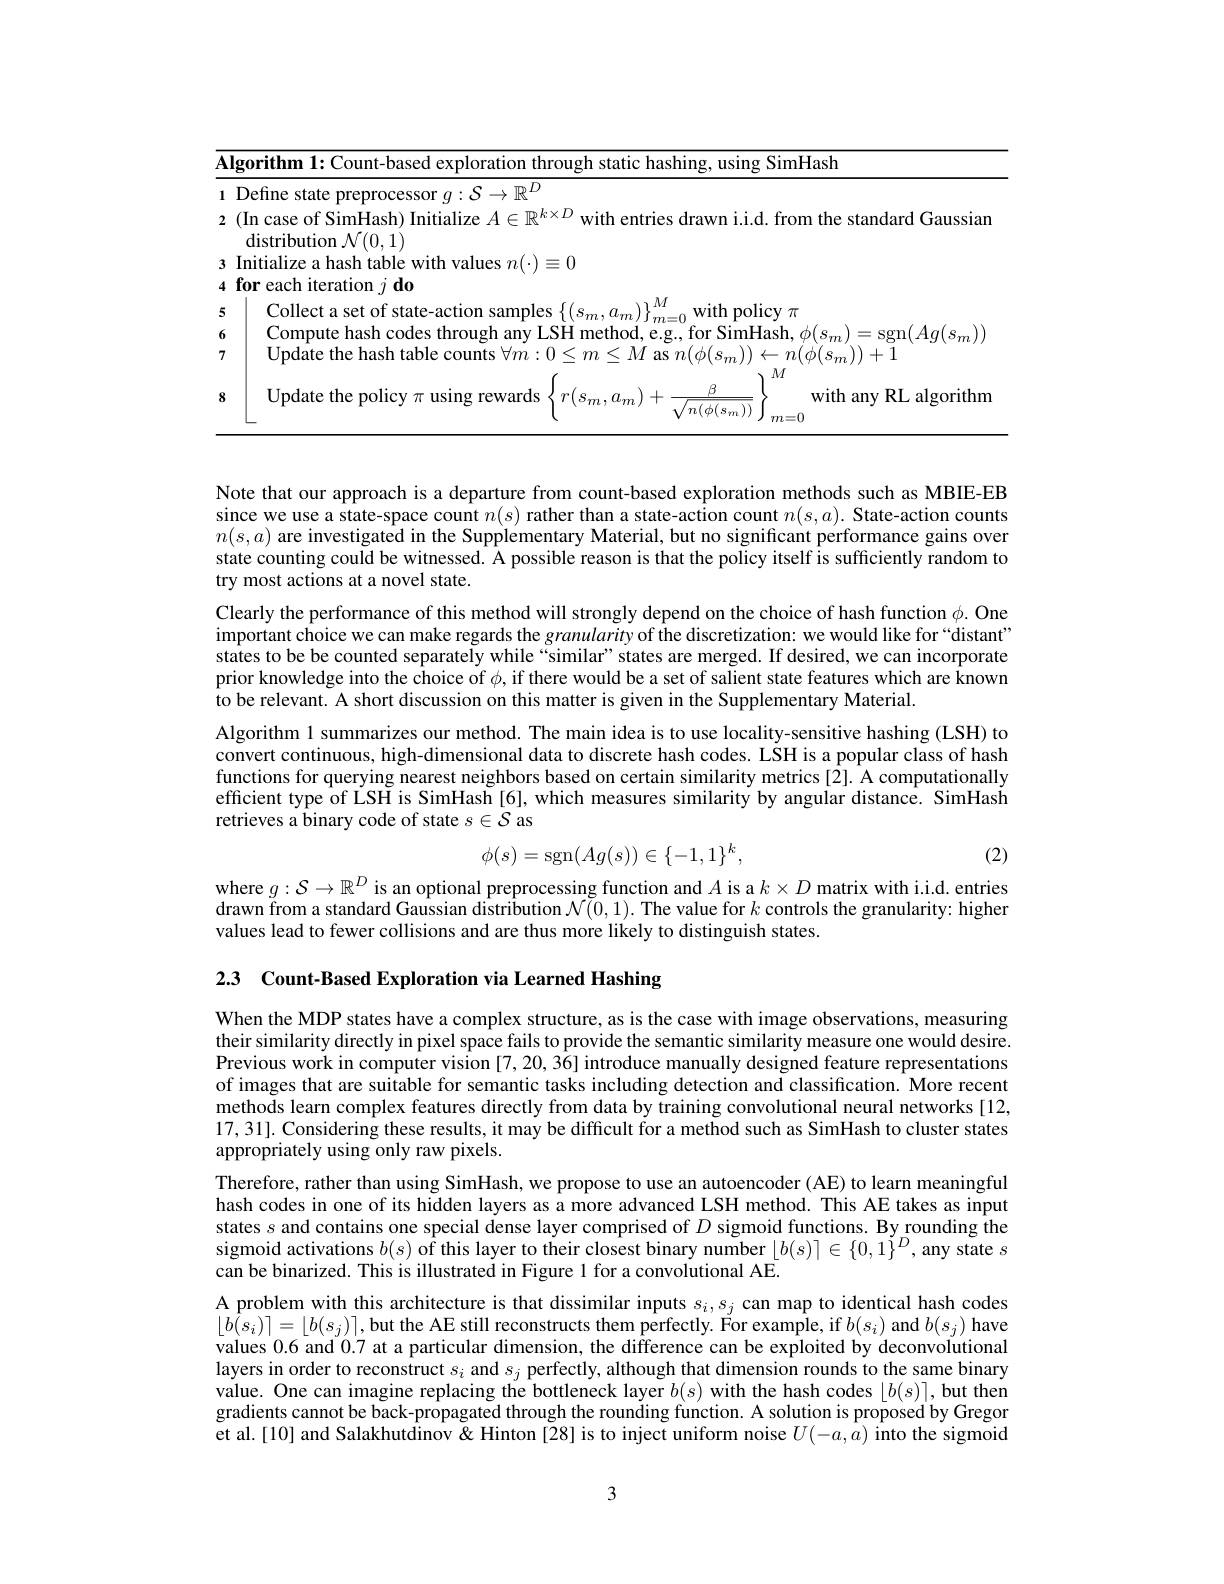
<table>
	<tbody>
		<tr>
			<td>$\overline{\mathbf{A}}$</td>
			<td>rorithm $\varepsilon$ hashing. using SimHash</td>
		</tr>
		<tr>
			<td>1 2</td>
			<td>Define state preprocessor $g:\mathcal{S}\to\mathbb{R}^D$ (In case of SimHash) Initialize $A\in\mathbb{R}^{k\times D}$ with entries drawn i.i.d. from the standard Gaussian $\operatorname{distribution}\mathcal{N}(0,1)$</td>
		</tr>
		<tr>
			<td>3 4</td>
			<td>Initialize a hash table with values $n(\cdot)\equiv0$ for each iteration $j\textbf{do}$</td>
		</tr>
		<tr>
			<td>5</td>
			<td>$^\prime$nllert olicv $\pi$</td>
		</tr>
		<tr>
			<td>6</td>
			<td> </td>
		</tr>
		<tr>
			<td>7</td>
			<td>$\textbf{Update the hash table counts }\forall m: 0\leq m\leq M$ as $n(\phi(s_{m}))\leftarrow n(\phi(s_{m}))+1$</td>
		</tr>
		<tr>
			<td>8</td>
			<td>Update the policy $\pi$ using rewards $r(s_{m},a_{m})+$ $\beta$ with any RL algorithm $/n(\phi(s_{m}))$</td>
		</tr>
	</tbody>
</table>

Note that our approach is a departure from count-based exploration methods such as MBIE-EB since we use a state-space count $n(s)$ rather than a state-action count $n(s,a).$ State-action counts $n(s,a)$ are investigated in the Supplementary Material, but no significant performance gains over state counting could be witnessed. A possible reason is that the policy itself is sufficiently random to try most actions at a novel state.
Clearly the performance of this method will strongly depend on the choice of hash function $\phi.$ One important choice we can make regards the granularity of the discretization: we would like for“distant” states to be be counted separately while “similar”states are merged. If desired, we can incorporate prior knowledge into the choice of $\phi$, if there would be a set of salient state features which are known to be relevant. A short discussion on this matter is given in the Supplementary Material.
Algorithm 1 summarizes our method. The main idea is to use locality-sensitive hashing (LSH) to convert continuous, high-dimensional data to discrete hash codes. LSH is a popular class of hash functions for querying nearest neighbors based on certain similarity metrics [2]. A computationally efficient type of LSH is SimHash [6], which measures similarity by angular distance. SimHash retrieves a binary code of state $s\in\mathcal{S}$ as
$$\phi(s)=\mathrm{sgn}(Ag(s))\in\{-1,1\}^k,$$
(2)

where $g:\mathcal{S}\to\mathbb{R}^D$ is an optional preprocessing function and $A$ is a $k\times D$ matrix with i.i.d. entries drawn from a standard Gaussian distribution $\mathcal{N}(0,1).$ The value for $k$ controls the granularity: higher values lead to fewer collisions and are thus more likely to distinguish states.

2.3 Count-Based Exploration via Learned Hashing

When the MDP states have a complex structure, as is the case with image observations, measuring their similarity directly in pixel space fails to provide the semantic similarity measure one would desire. Previous work in computer vision $[7,20,36]\dot{\text{introduce manually designed feature representations}}$ of images that are suitable for semantic tasks including detection and classification. More recent methods learn complex features directly from data by training convolutional neural networks [12, 17,31]. Considering these results, it may be difficult for a method such as SimHash to cluster states appropriately using only raw pixels.
Therefore, rather than using SimHash, we propose to use an autoencoder (AE) to learn meaningful hash codes in one of its hidden layers as a more advanced LSH method. This AE takes as input states $s$ and contains one special dense layer comprised of $D$ sigmoid functions. By rounding the sigmoid activations $b(s)$ of this layer to their closest binary number $\lfloor b(s)\rceil\in\{0,1\}^D$, any state $s$ can be binarized. This is illustrated in Figure 1 for a convolutional AE.
$\begin{array}{c}\text{A problem with this architecture is that dissimilar inputs }s_i,s_j\\\text{can map to identical hash codes}\\\end{array}$ $\lfloor b(s_{i})\rceil=\lfloor b(s_{j})\rceil$,but the AE still reconstructs them perfectly. For example, if $b(s_{i})$ and $b(s_{j})$ have values 0.6 and 0.7 at a particular dimension, the difference can be exploited by deconvolutional layers in order to reconstruct $s_i$ and $s_j$ perfectly, although that dimension rounds to the same binary value. One can imagine replacing the bottleneck layer $b(s)$ with the hash codes $\lfloor b(s)\rceil$, but then gradients cannot be back-propagated through the rounding function. A solution is proposed by Gregor et al.[10] and Salakhutdinov & Hinton [28] is to inject uniform noise $U(-a,\tilde{a})$ into the sigmoid

3